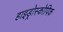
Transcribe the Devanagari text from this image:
हाइड्रोस्कोपिक